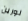
لورين